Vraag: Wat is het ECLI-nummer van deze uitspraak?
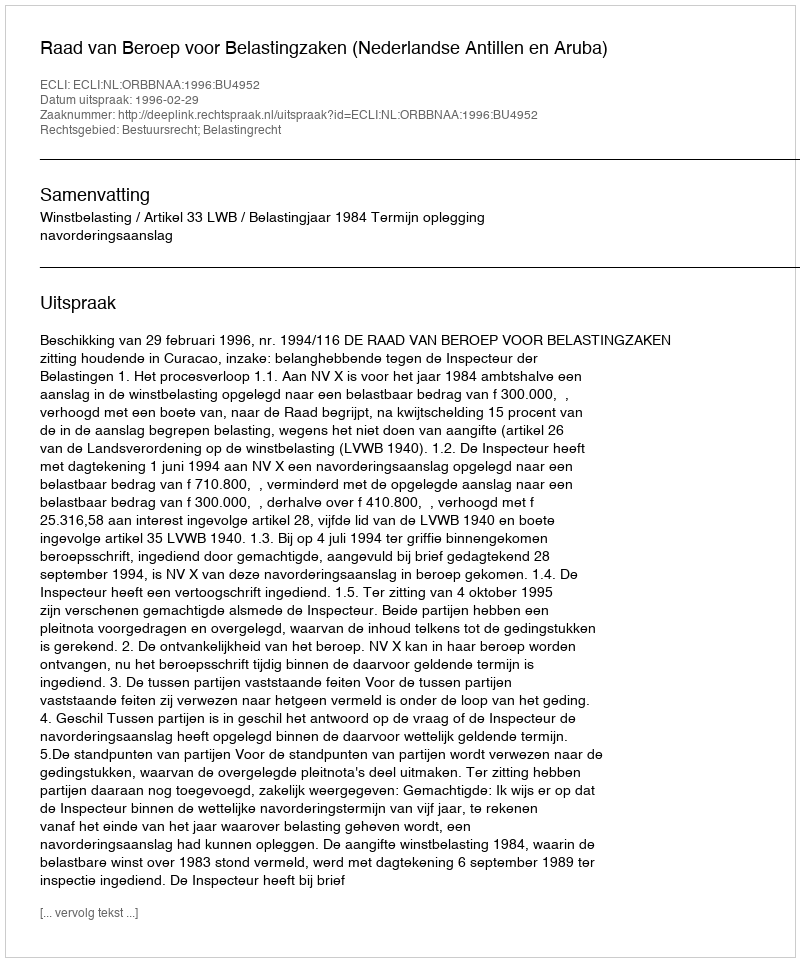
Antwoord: ECLI:NL:ORBBNAA:1996:BU4952